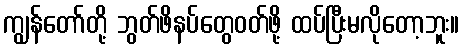
ကျွန်တော်တို့ ဘွတ်ဖိနပ်တွေဝတ်ဖို့ ထပ်ပြီးမလိုတော့ဘူး။